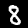
Label: 8